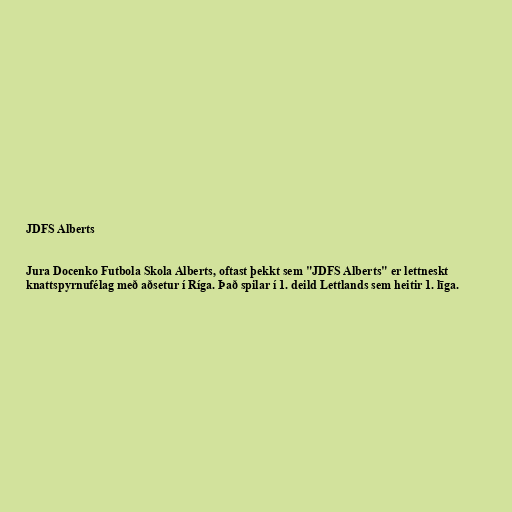
JDFS Alberts

Jura Docenko Futbola Skola Alberts, oftast þekkt sem "JDFS Alberts" er lettneskt
knattspyrnufélag með aðsetur í Ríga. Það spilar í 1. deild Lettlands sem heitir 1. līga.